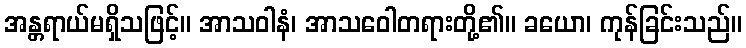
အန္တရာယ်မရှိသဖြင့်။ အာသဝါနံ၊ အာသဝေါတရားတို့၏။ ခယော၊ ကုန်ခြင်းသည်။